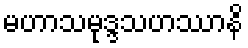
မဟာသမုဒ္ဒသဟဿာနိ